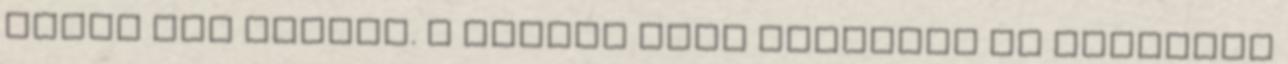
amúgy sem számít. A vágyam csak erősödik és farkasom